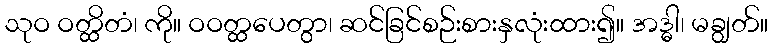
သုဝ ဝတ္ထိတံ၊ ကို။ ဝဝတ္ထပေတွာ၊ ဆင်ခြင်စဉ်းစားနှလုံးထား၍။ အဒ္ဓါ၊ မချွတ်။